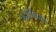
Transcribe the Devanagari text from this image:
इंज़ीनियर